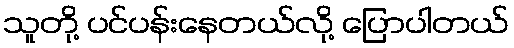
သူတို့ ပင်ပန်းနေတယ်လို့ ပြောပါတယ်